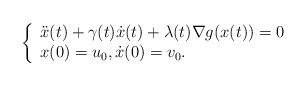
LaTeX: \begin{align*}\left\{\begin{array}{ll}\ddot x(t) + \gamma(t) \dot x(t) + \lambda(t)\nabla g(x(t))=0\\x(0)=u_0, \dot x(0)=v_0.\end{array}\right.\end{align*}